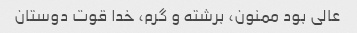
عالی بود ممنون، برشته و گرم، خدا قوت دوستان